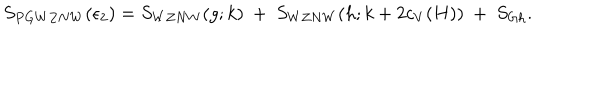
LaTeX: S _ { P G W Z N W } ( \epsilon _ { 2 } ) = S _ { W Z N W } ( g ; k ) ~ + ~ S _ { W Z N W } ( h ; k + 2 c _ { V } ( H ) ) ~ + ~ S _ { G h } .